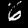
Digit: 6